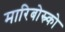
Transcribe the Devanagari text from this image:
मारिबोस्र्को